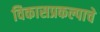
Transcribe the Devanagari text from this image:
विकासप्रकल्पाचे